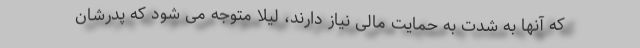
که آنها به شدت به حمایت مالی نیاز دارند، لیلا متوجه می شود که پدرشان